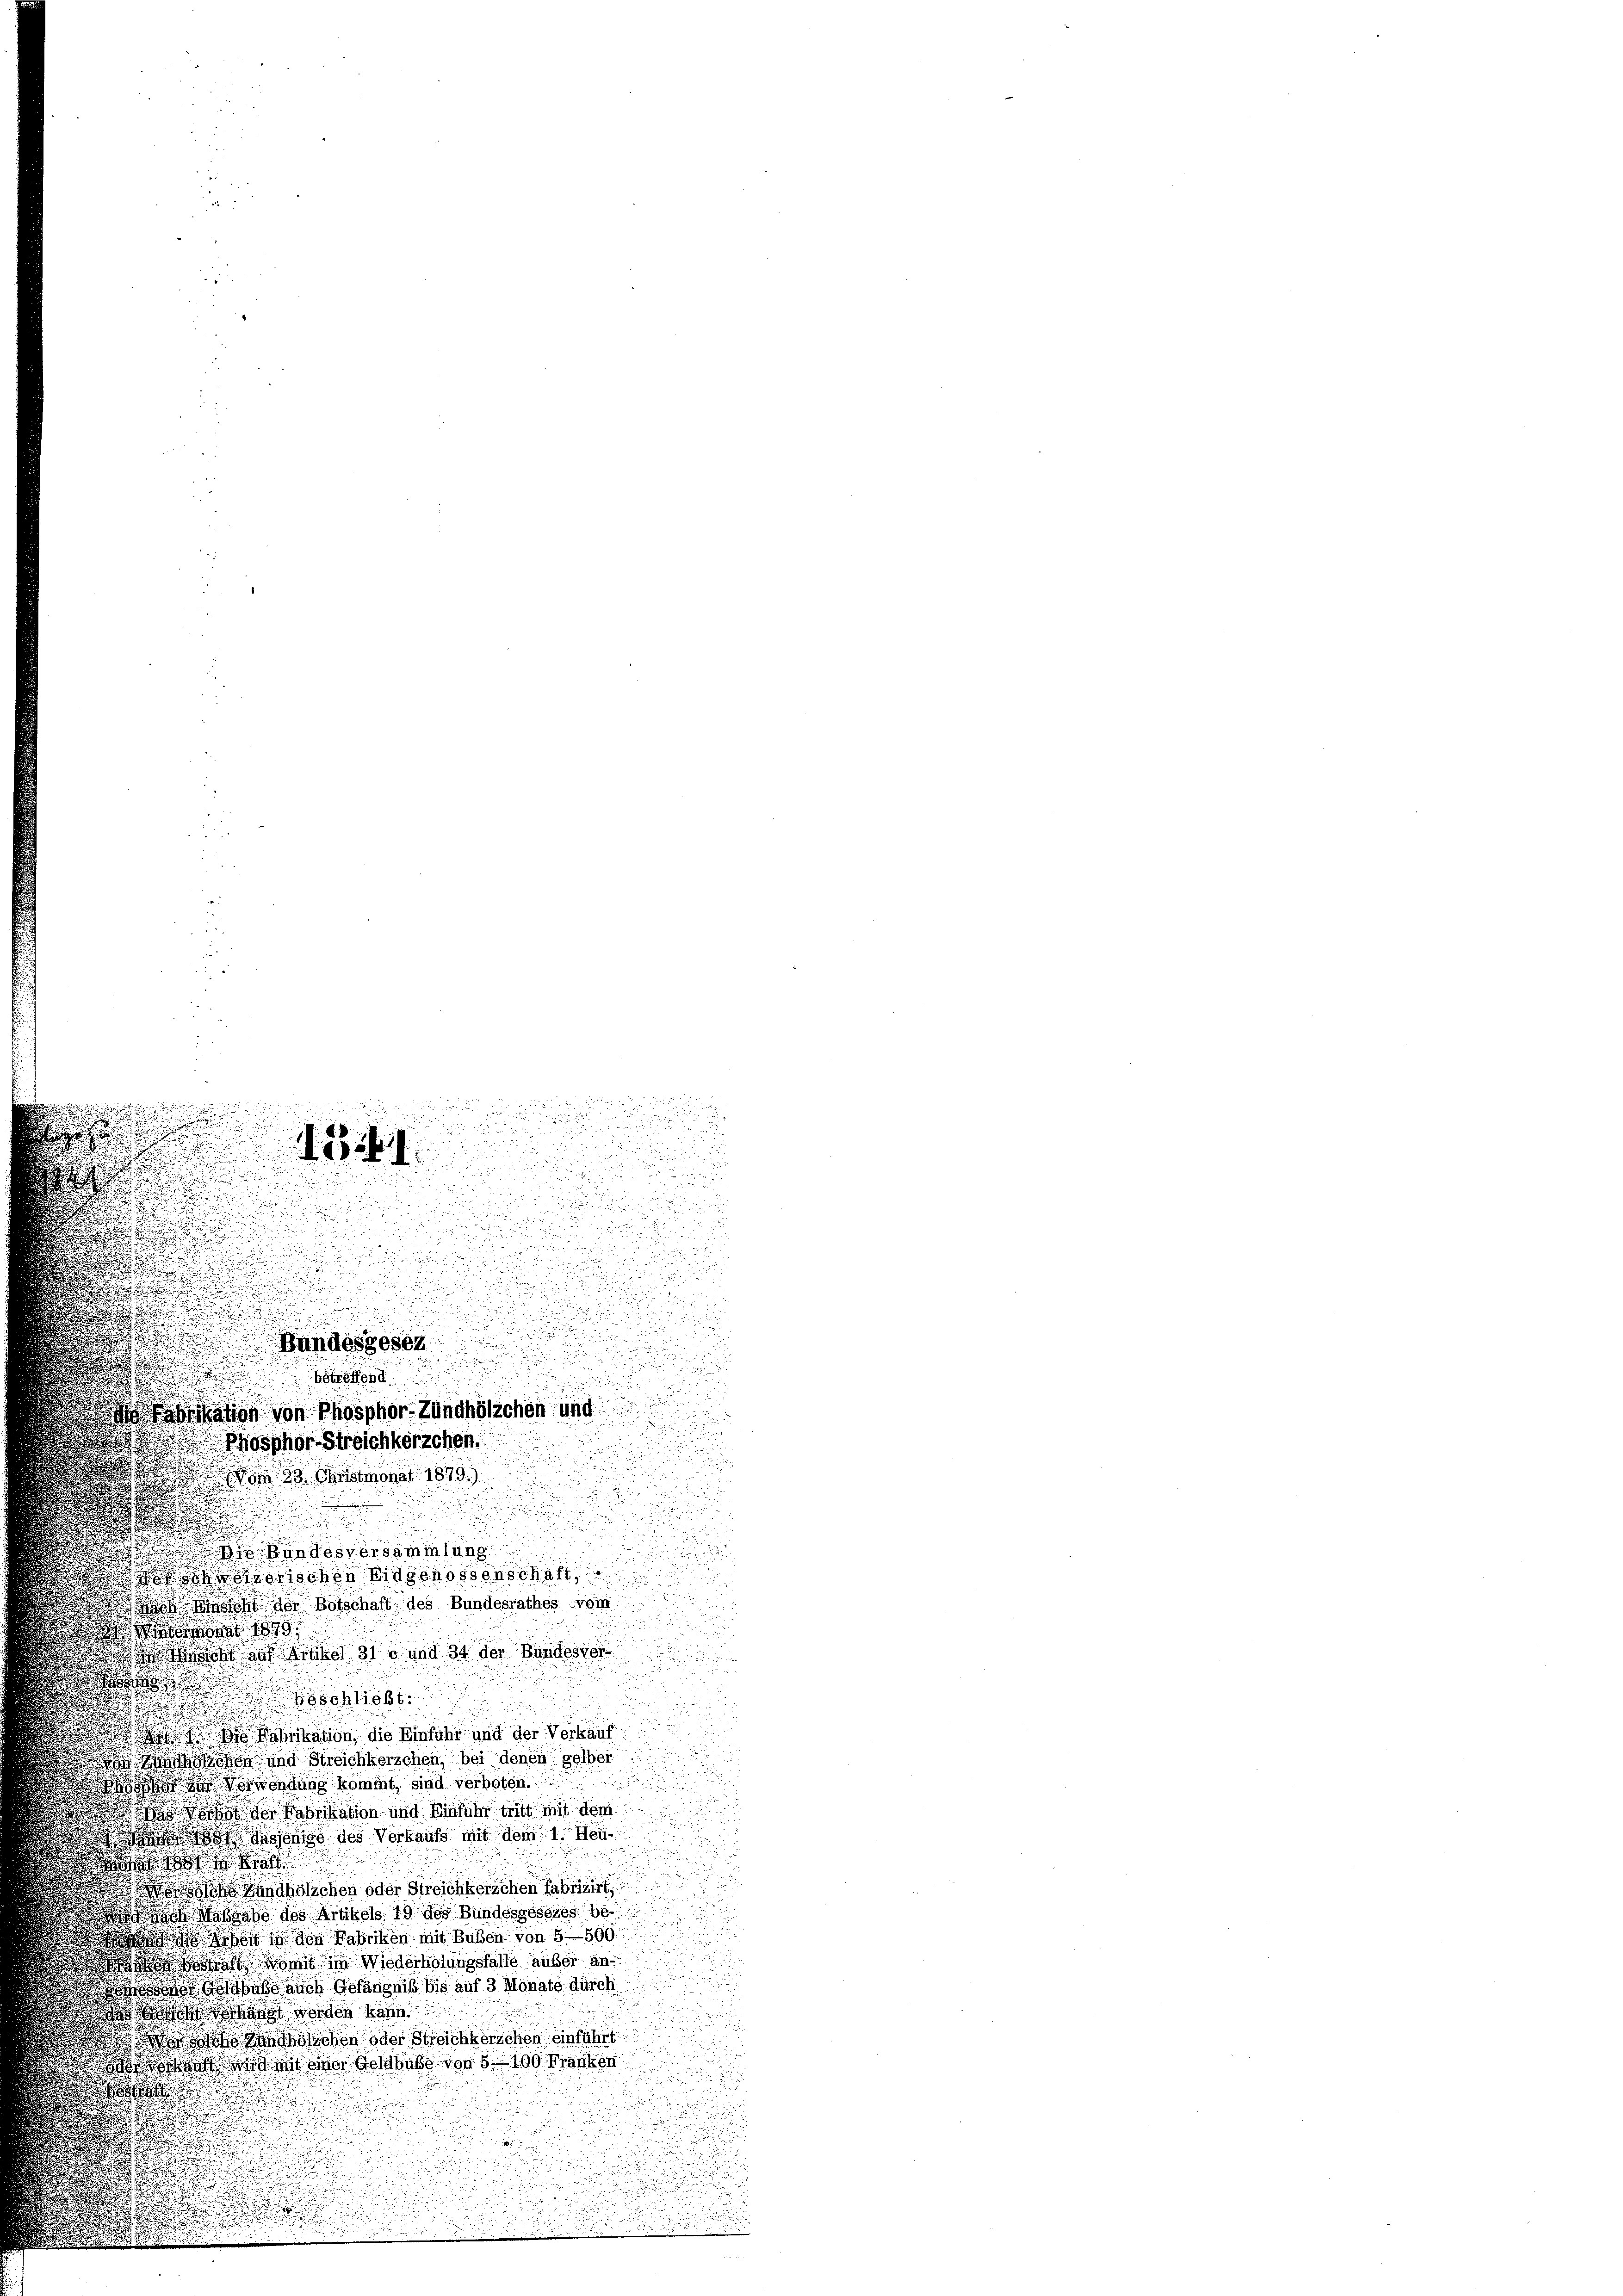
n
.

u

e
a
.
betreffend
ation von Phosphor-Zündhölzchen und
Phosphor Streichkerzchen.
 nicht den Botschaft des Bundesrathes vom
nat 1899
 aut Araber 310 und 34 der Bundesvor
 schlies
 Die Fabrikation, die Einführ und der Verkäuf
sachen und Streichkerschen, bei denen gelber
 Verwendung kommt, sind verboten.
ht der Fabrikation und Einführ tritt mit dem
  dasjenige des Verkaufs mit dem 1. Jen

 Zündhölzchen oder Streichkerschen Fabrizirt
Bach Maßgabe des Artikels 19 des Bundesgesezes be¬
 Arsen in den Fabriken mit Buben von 5500
af womit im Wiederholungsfalle außer an
oser Geldbuße auch Gefängniß bis auf 3 Monate durch
 bangt werden habe
ihanschen oder Streichterschen einführt
deat es mit einer Geld habe von 5 100 Franken

2

d

n

1541.

Bundesgesez

Christmonat 1879.)

10 Bundesversammlung
norischen Eidgenossenschaft,